Punjab Mental Hospital Lahore 1932-46 - 1932-1946
Year: 1932
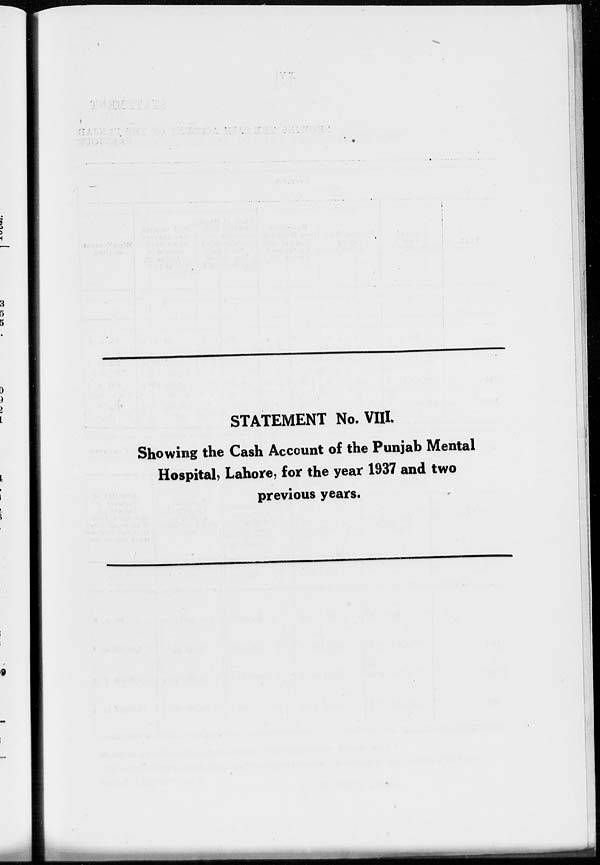
STATEMENT No. VIII.
Showing the Cash Account of the Punjab Mental
Hospital, Lahore, for the year 1937 and two
previous years.